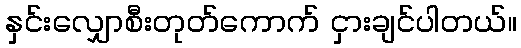
နှင်းလျှောစီးတုတ်ကောက် ငှားချင်ပါတယ်။